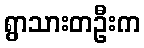
ရွာသားတဦးက